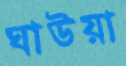
ঘাউয়া